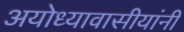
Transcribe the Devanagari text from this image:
अयोध्यावासीयांनी